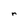
Character: r